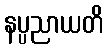
နပ္ပညာယတိ